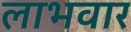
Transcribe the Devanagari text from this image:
लाभवार